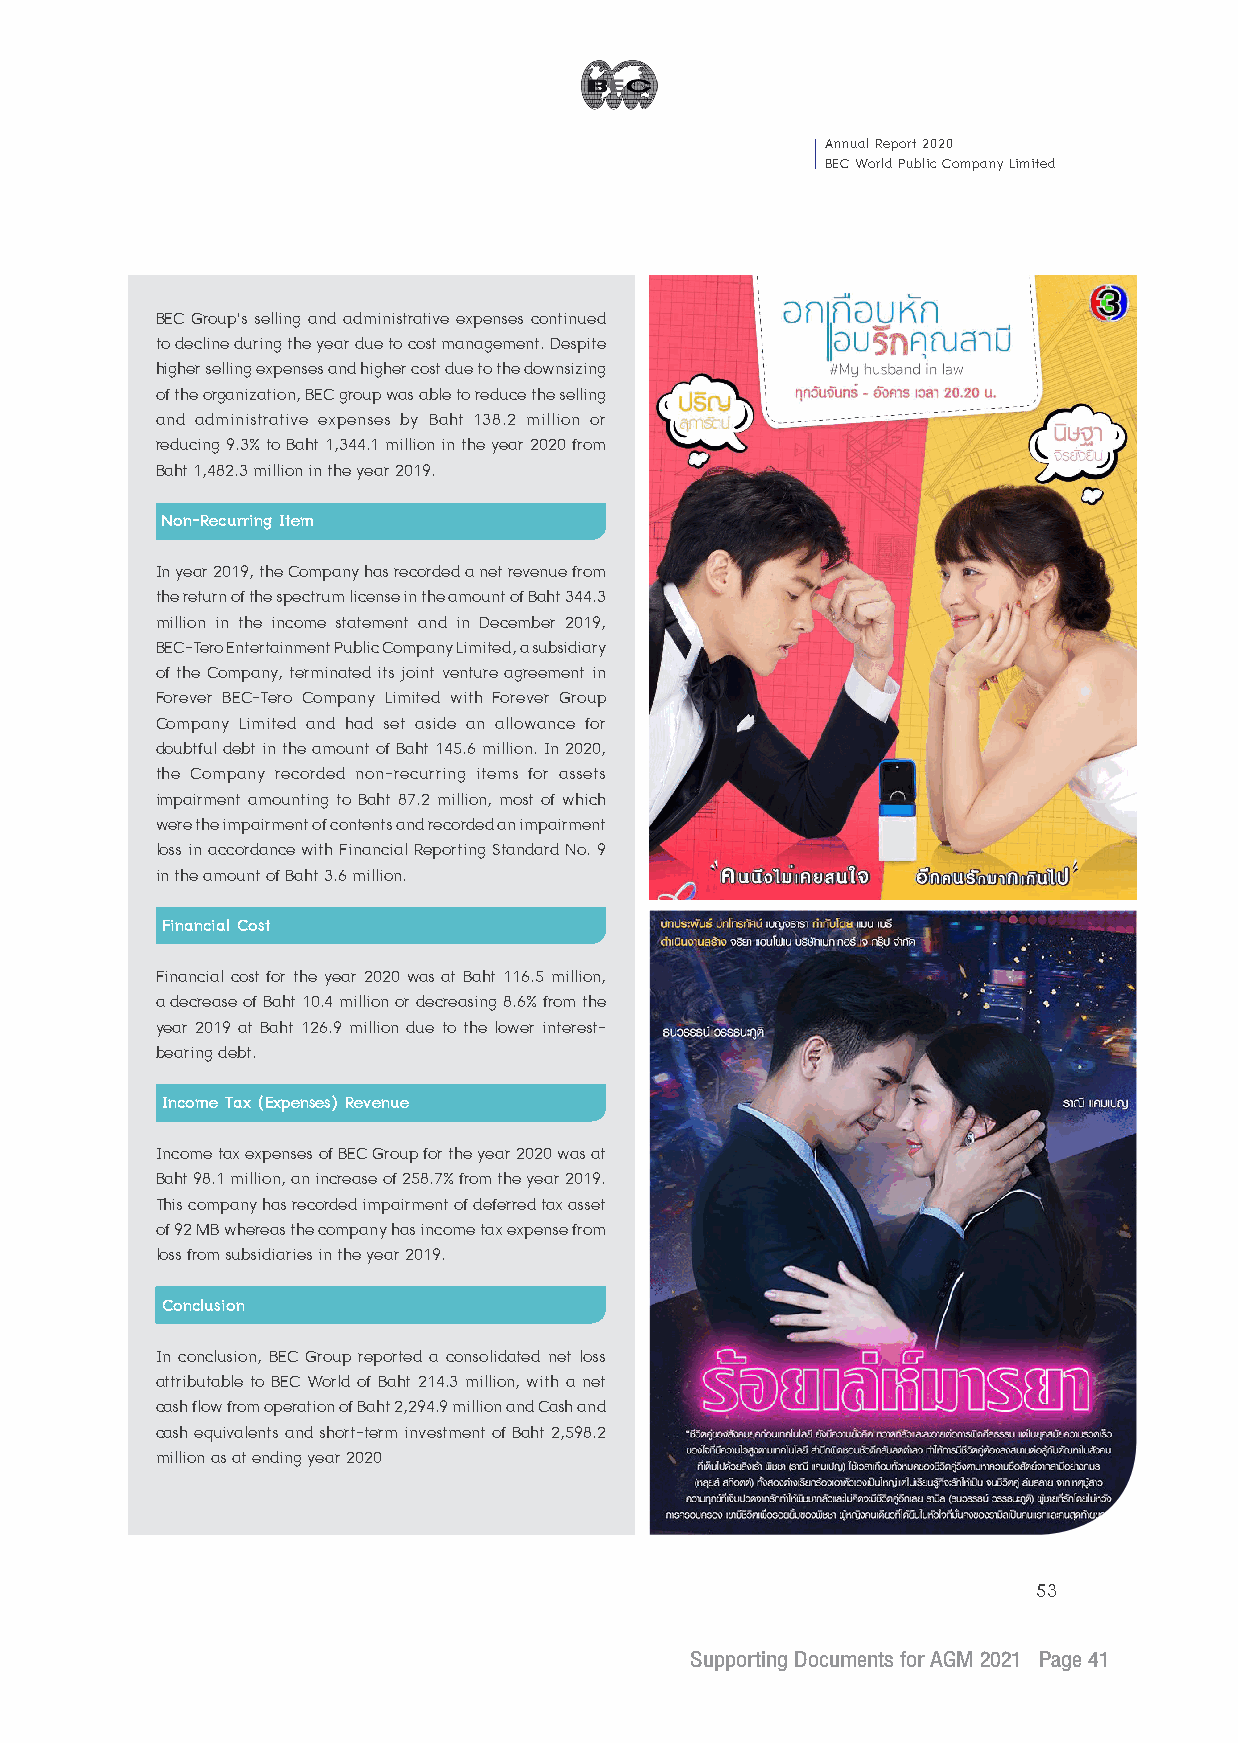
Annual Report 2020
 BEC World Public Company Limited
 BEC Group’s selling and administrative expenses continued
 to decline during the year due to cost management. Despite
 higher selling expenses and higher cost due to the downsizing
 of the organization, BEC group was able to reduce the selling
 and administrative expenses by Baht 138.2 million or
 reducing 9.3% to Baht 1,344.1 million in the year 2020 from
 Baht 1,482.3 million in the year 2019.
 Non-Recurring Item
 In year 2019, the Company has recorded a net revenue from
 the return of the spectrum license in the amount of Baht 344.3
 million in the income statement and in December 2019,
 BEC-Tero Entertainment Public Company Limited, a subsidiary
 of the Company, terminated its joint venture agreement in
 Forever BEC-Tero Company Limited with Forever Group
 Company Limited and had set aside an allowance for
 doubtful debt in the amount of Baht 145.6 million. In 2020,
 the Company recorded non-recurring items for assets
 impairment amounting to Baht 87.2 million, most of which
 were the impairment of contents and recorded an impairment
 loss in accordance with Financial Reporting Standard No. 9
 in the amount of Baht 3.6 million.
 Financial Cost
 Financial cost for the year 2020 was at Baht 116.5 million,
 a decrease of Baht 10.4 million or decreasing 8.6% from the
 year 2019 at Baht 126.9 million due to the lower interest-
 bearing debt.
 Income Tax (Expenses) Revenue
 Income tax expenses of BEC Group for the year 2020 was at
 Baht 98.1 million, an increase of 258.7% from the year 2019.
 This company has recorded impairment of deferred tax asset
 of 92 MB whereas the company has income tax expense from
 loss from subsidiaries in the year 2019.
 Conclusion
 In conclusion, BEC Group reported a consolidated net loss
 attributable to BEC World of Baht 214.3 million, with a net
 cash flow from operation of Baht 2,294.9 million and Cash and
 cash equivalents and short-term investment of Baht 2,598.2
 million as at ending year 2020
 53
 Supporting Documents for AGM 2021 Page 41
 __2211--00330011 BBEECC EEnngg22..iinndddd 4411                          11//44//22556644 BBEE 1133::1155